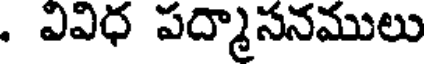
. వివిధ పద్మాసనములు